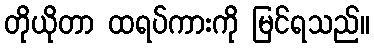
တိုယိုတာ ထရပ်ကားကို မြင်ရသည်။